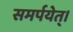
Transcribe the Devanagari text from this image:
समर्पयेत्।